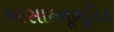
અસાહનૂભૂતિક